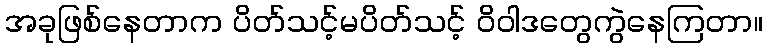
အခုဖြစ်နေတာက ပိတ်သင့်မပိတ်သင့် ဝိဝါဒတွေကွဲနေကြတာ။